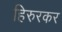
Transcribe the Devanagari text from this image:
हिरुरकर